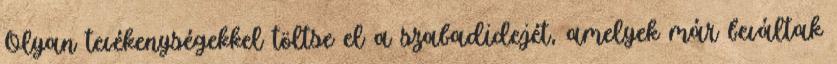
Olyan tevékenységekkel töltse el a szabadidejét, amelyek már beváltak